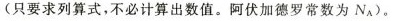
(只要求列算式，不必计算出数值。阿伏加德罗常数为NA)。